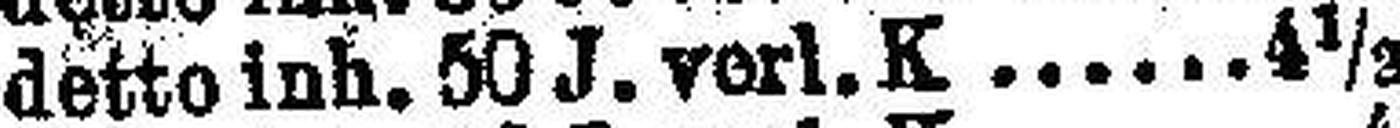
detto inh. 50 J. verl. K. 4½